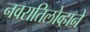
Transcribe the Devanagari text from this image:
नवरातिलोव्हाने